Medical and sanitary report of the native army of Bengal for the year
Year: 1875
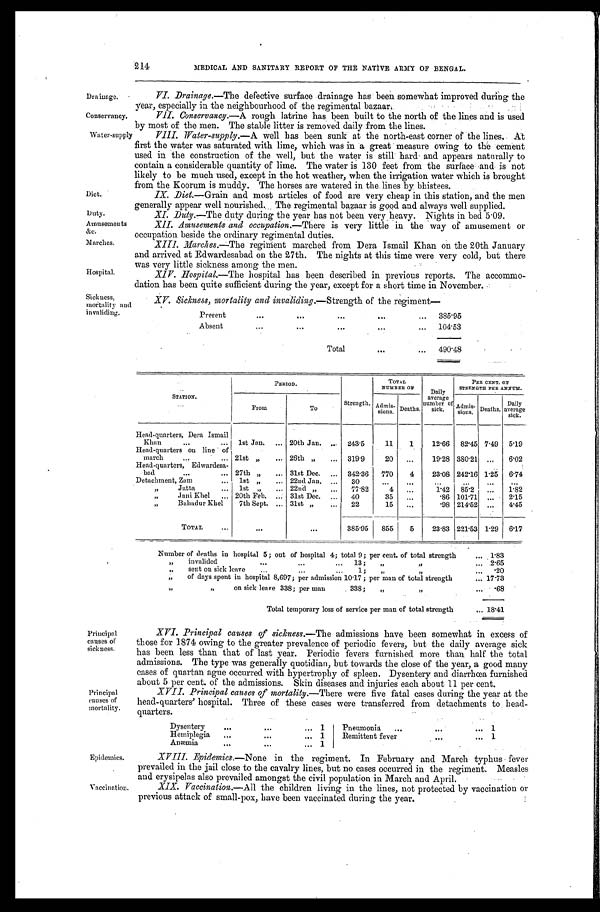
Drainage.
Conservancy.
Duty.
Amusements &c.
Marches.
Hospital.
Epidemics.
Vaccination.
214
MEDICAL AND SANITARY REPORT OF THE NATIVE ARMY OF BENGAL.
VI. Drainage.—The defective surface drainage has been somewhat improved during the
year, especially in the neighbourhood of the regimental bazaar.
VII. Conservancy.—A rough latrine has been built to the north of the lines and is used
by most of the men. The stable litter is removed daily from the lines.
Water-supply
Diet.
VIII. Water-supply.—A well has been sunk at the north-east corner of the lines, At
first the water was saturated with lime, which was in a great measure owing to the cement
used in the construction of the well, but the water is still hard and appears naturally to
contain a considerable quantity of lime. The water is 130 feet from the surface and is not
likely to be much used, except in the hot weather, when the irrigation water which is brought
from the Koorum is muddy. The horses are watered in the lines by bhistees.
IX. Diet.—Grain and most articles of food are very cheap in this station, and the men
generally appear well nourished. The regimental bazaar is good and always well supplied.
XI. Duty. —The duty during the year has not been very heavy. Nights in bed 5.09.
XII. Amusements and occupation.— There is very little in the way of amusement or
occupation beside the ordinary regimental duties.
XIII. Marches.—The regiment marched from Dera Ismail Khan on the 20th January
and arrived at Edwardesabad on the 27th. The nights at this time were very cold, but there
was very little sickness among the men.
XIV.
Hospital.—The hospital has been described in previous reports. The accommo--
dation has been quite sufficient during the year, except for a short time in November.
Sickness,
mortality and
invaliding.
XV. Sickness, mortality and invaliding.—Strength of the regiment
—
Present
385.95
A b s e n t
104.53
Total
490.48
Principal
causes of
sickness.
Principal
causes of
mortality.
STATION.
PERIOD.
Strength.
TOTAL
NUMBER OF
Daily
average
number
of sick.
PER CENT. OF
STRENGTH PER ANNUM.
From
To
Admis- s i o n s . Deaths.
Daily
average
sick.
Admis-
sions. Deaths.
Head-quarters, Dera Ismail
Khan
1st Jan,
20th Jan.
243.5
11
1
12.66 82.45 7.49 5.19
Head-quarters on line of march
21st
" 26th "
319.9
20 ...
19.28 380.21 ...
6.02
Head-quarters, Edwardesa-
bad
27th
" 31st Dec.
342.36 770
4
23.08 242.16 1.25 6.74
Detachment, Zam
1st
" 22nd Jan.
30
. . .
. . .
. . . . . .
. . .
. . .
" Jatta
1st
" 22nd "
77.82
4 ...
1.42 85.2 ...
1.82
Jani Khel
20th Feb.
31st Dec.
40
35 ...
.86 101.71 ...
2.15
Bahadur Khel
7th Sept.
31st "
22
15
. . .
.98 214.52 ...
4.45
TOTAL
. . .
...
385.95 855
5
23.83 221.53 1.29 6.17
Number of deaths in hospital 5; out of hospital 4; total 9; per cent. of total strength
1.83
" invalided
13; " " 2.65
" sent on sick leave 1
;""
.20
"
of days spent in hospital 8,697; per admission 10.17; per man of total strength
17.73
" "on sick leave 338; per man
338;
" " .68
Total temporary loss of service per man of total strength
18.41
XVI. Principal causes of sickness.—The admissions have been somewhat in excess of
those for 1874 owing to the greater prevalence of periodic fevers, but the daily average sick
has been less than that of last year. Periodic fevers furnished more than half the total
admissions. The type was generally quotidian, but towards the close of the year, a good many
cases of quartan ague occurred with hypertrophy of spleen. Dysentery and diarrhœa furnished
about 5 per cent. of the admissions. Skin diseases and injuries each about 11 per cent.
XVII. Principal causes of mortality.— There were five fatal cases during the year at the
head-quarters' hospital. Three of these cases were transferred from detachments to head-
q u a r t e r s .
Dy sentery
1
Pneumonia
1
Hemiplegia
1
Remittent fever
1
Anæmia
1
XVIII. Epidemics.—None
in the regiment. In February and March typhus fever
prevailed in the jail close to the cavalry lines, but no cases occurred in the regiment. Measles
and erysipelas also prevailed amongst the civil population in March and April.
XIX. Vaccination.—All the children living in the lines, not protected by vaccination or
previous attack of small-pox, have been vaccinated during the year.